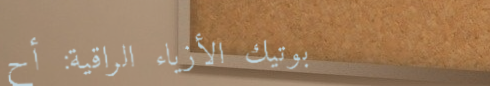
بوتيك الأزياء الراقية: أح